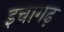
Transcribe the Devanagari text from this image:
इचागढ़